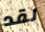
لقد